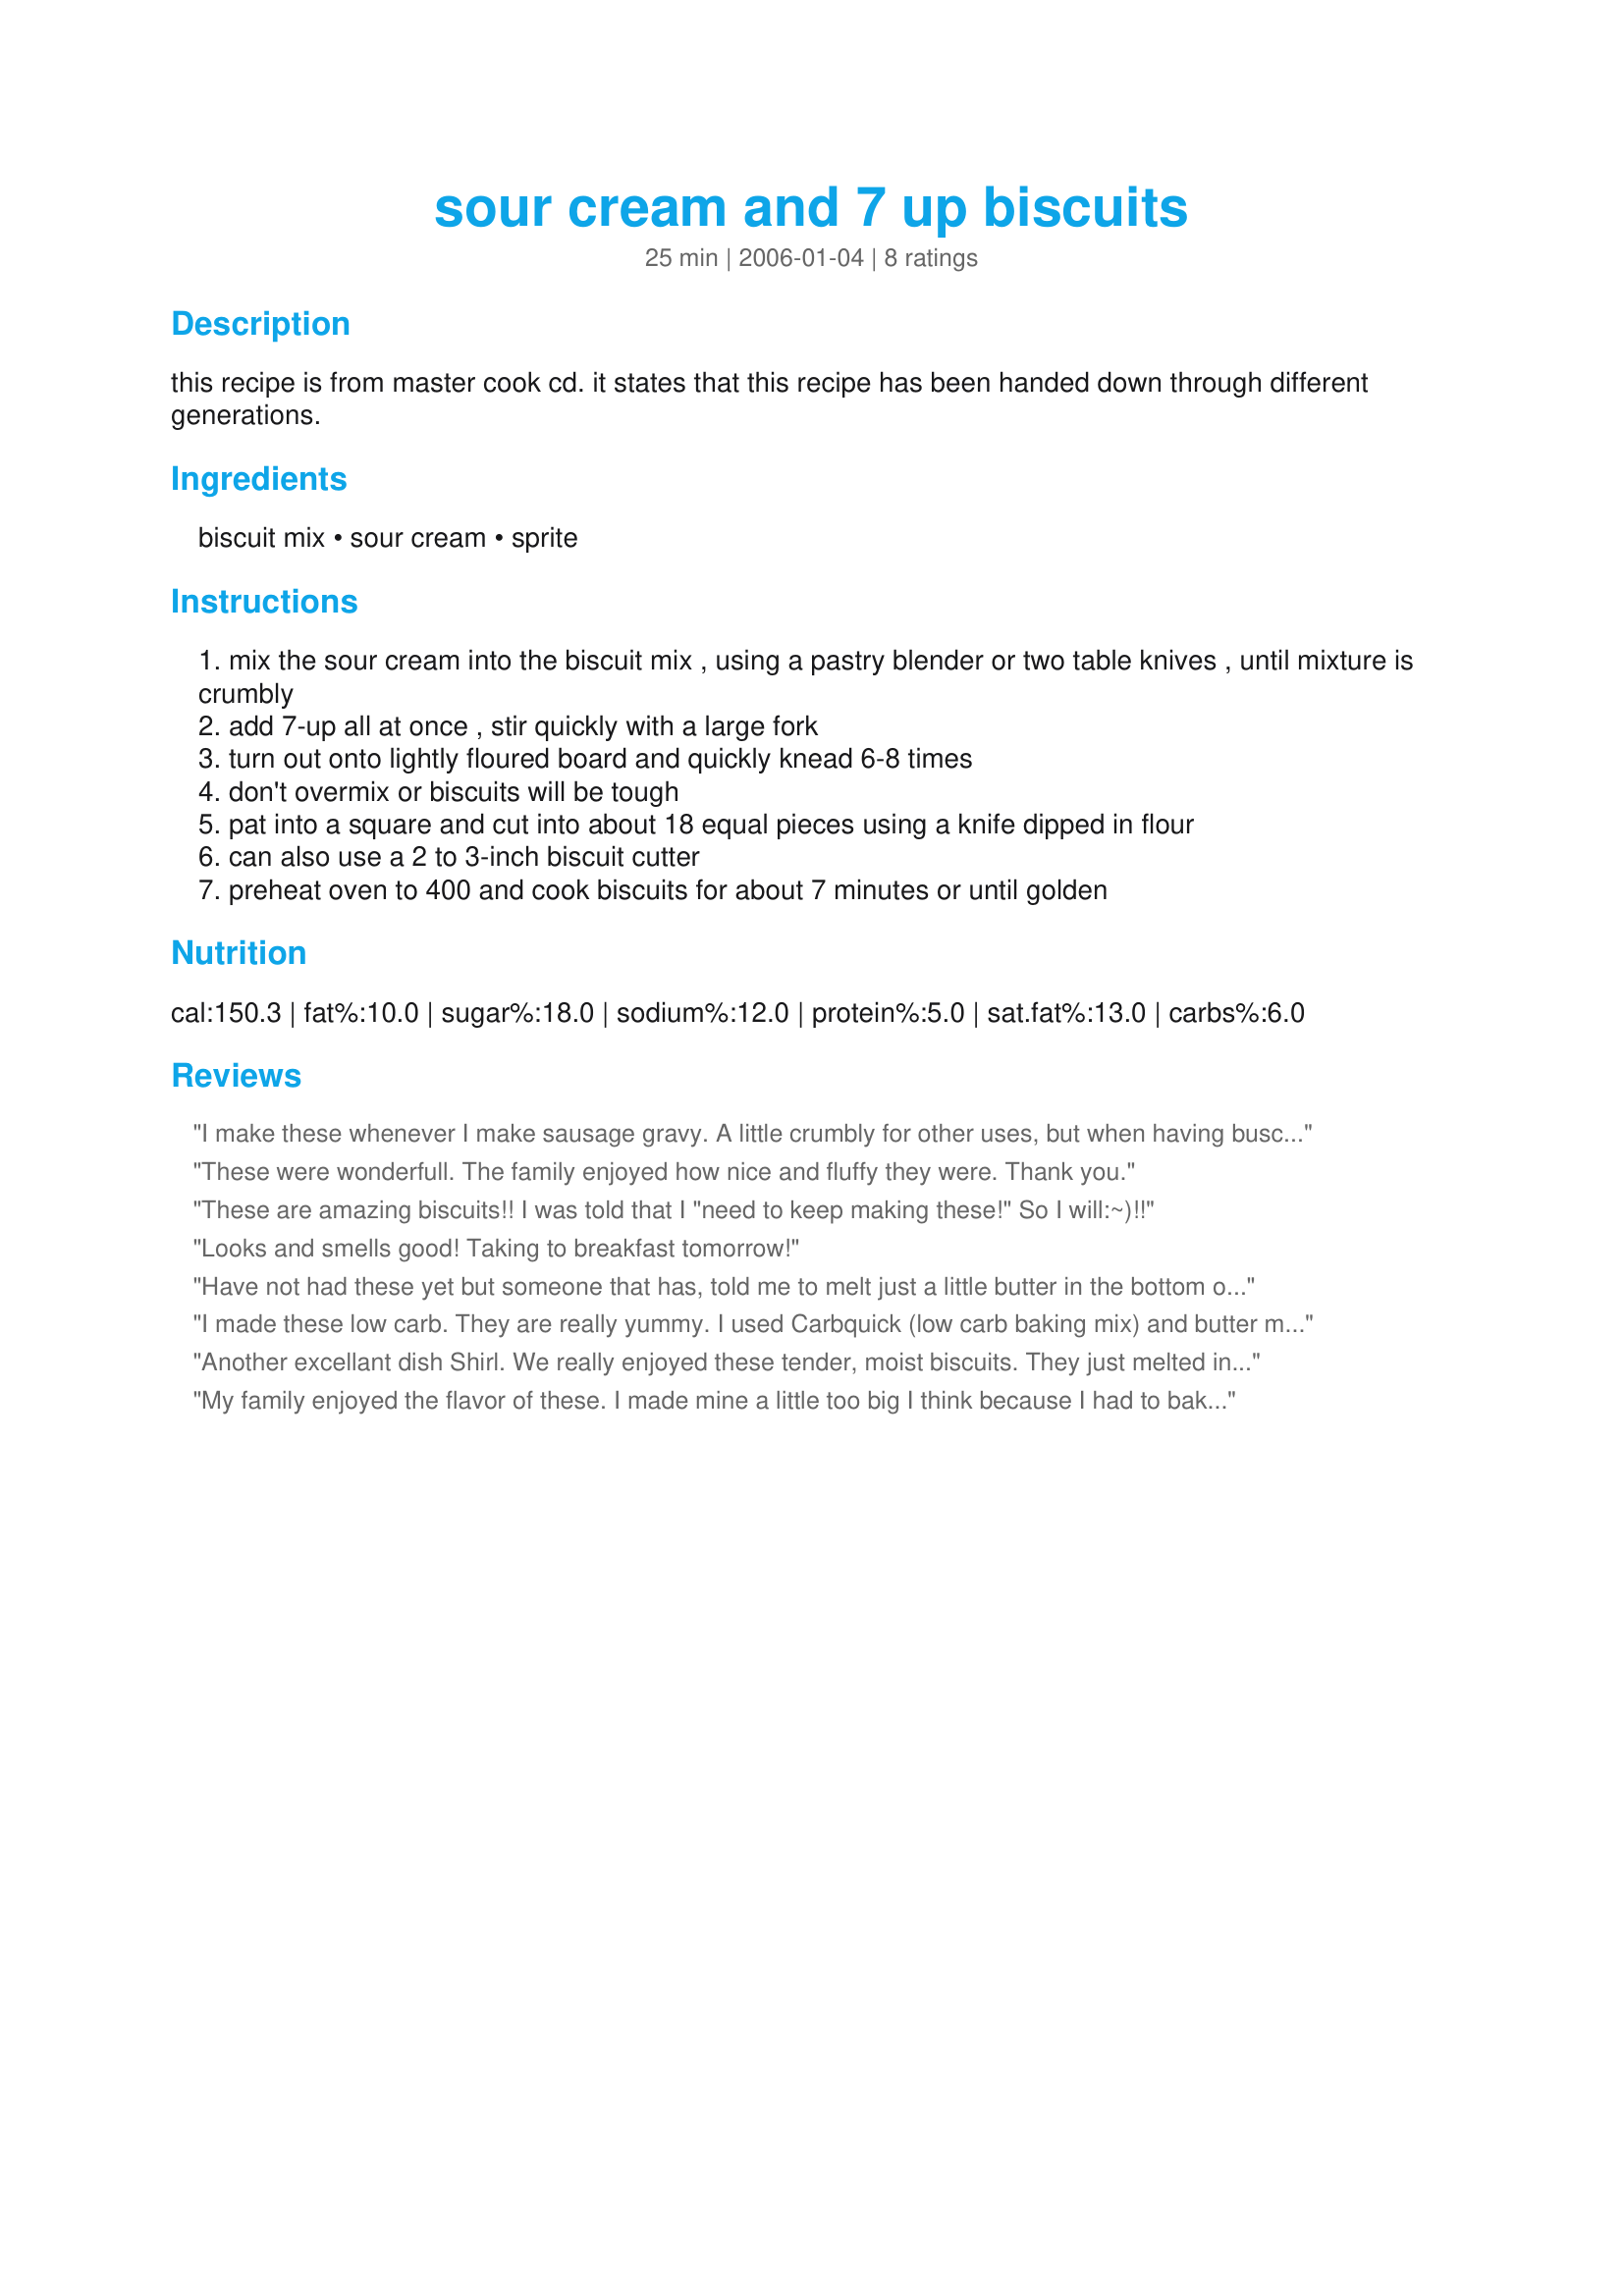
sour cream and 7 up biscuits
Preparation time: 25 minutes

this recipe is from master cook cd. it states that this recipe has been handed down through different generations.

Ingredients:
biscuit mix, sour cream, sprite

Steps:
mix the sour cream into the biscuit mix , using a pastry blender or two table knives , until mixture is crumbly
add 7-up all at once , stir quickly with a large fork
turn out onto lightly floured board and quickly knead 6-8 times
don't overmix or biscuits will be tough
pat into a square and cut into about 18 equal pieces using a knife dipped in flour
can also use a 2 to 3-inch biscuit cutter
preheat oven to 400 and cook biscuits for about 7 minutes or until golden

Reviews:
I make these whenever I make sausage gravy. A little crumbly for other uses, but when having buscuits and gravy....WOW! These are the best. My crew at work often begs me to make these for them.
These were wonderfull. The family enjoyed how nice and fluffy they were. Thank you.
These are amazing biscuits!! I was told that I "need to keep making these!" So I will:~)!!
Looks and smells good! Taking to breakfast tomorrow!
Have not had these yet but someone that has, told me to melt just a little butter in the bottom of the pan to make the biscuit bottoms crunchy, makes for a great biscuit:)
I made these low carb. They are really yummy. I used Carbquick (low carb baking mix) and butter milk in place of 7up. I also added 1tsp. of baking powder. They are delicious. I put the entire mixture in a 9 x 13 pan I sprayed with butter flavored crisco and scored the mixture to resemble squares. They are fluffy and just perfect if you are low carbing it.
Another excellant dish Shirl. We really enjoyed these tender, moist biscuits. They just melted in your mouth. They were very easy to make. I halved the recipe, & used 7-up it worked beautifully. Thank you so much for sharing.
My family enjoyed the flavor of these. I made mine a little too big I think because I had to bake them longer than 7 minutes. Delicious!
